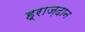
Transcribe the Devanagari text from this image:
ह्राज़दान